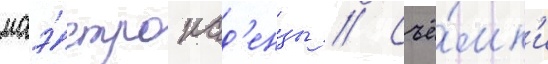
маэ́стро кад'енцы // Съё́мк'и